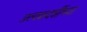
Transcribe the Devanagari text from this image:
प्रत्यक्षदर्शीच्या